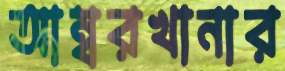
আম্বরখানার